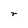
Character: r